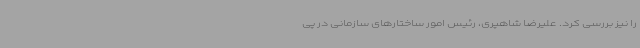
را نیز بررسی کرد. علیرضا شاهپری، رئیس امور ساختارهای سازمانی در پی